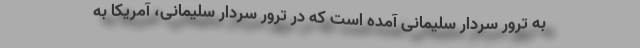
به ترور سردار سلیمانی آمده است که در ترور سردار سلیمانی، آمریکا به